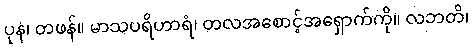
ပုန၊ တဖန်။ မာသပရိဟာရံ၊ တလအစောင့်အရှောက်ကို။ လဘတိ၊